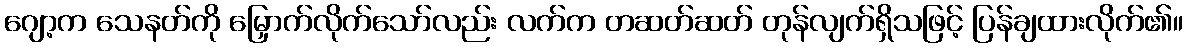
ဂျော့က သေနတ်ကို မြှောက်လိုက်သော်လည်း လက်က တဆတ်ဆတ် တုန်လျက်ရှိသဖြင့် ပြန်ချထားလိုက်၏။